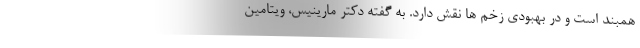
همبند است و در بهبودی زخم ها نقش دارد. به گفته دکتر مارینیس، ویتامین